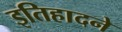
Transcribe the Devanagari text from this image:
इतिहादने